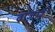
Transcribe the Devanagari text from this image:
बाज़ारें